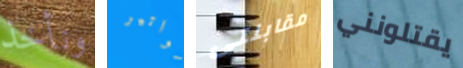
ونأخذ فواتير مقابلتى يقتلونني